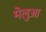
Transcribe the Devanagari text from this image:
मेलुआ